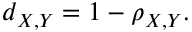
d _ { X , Y } = 1 - \rho _ { X , Y } .